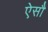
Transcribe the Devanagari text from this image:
ऐसौ